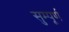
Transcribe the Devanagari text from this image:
सुम्पूर्ण